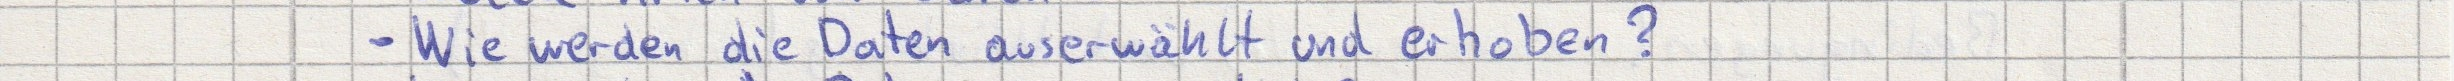
- Wie werden die Daten auserwählt und erhoben?